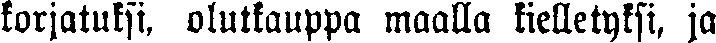
korjatuksi, olutkauppa maalla kielletyksi, ja